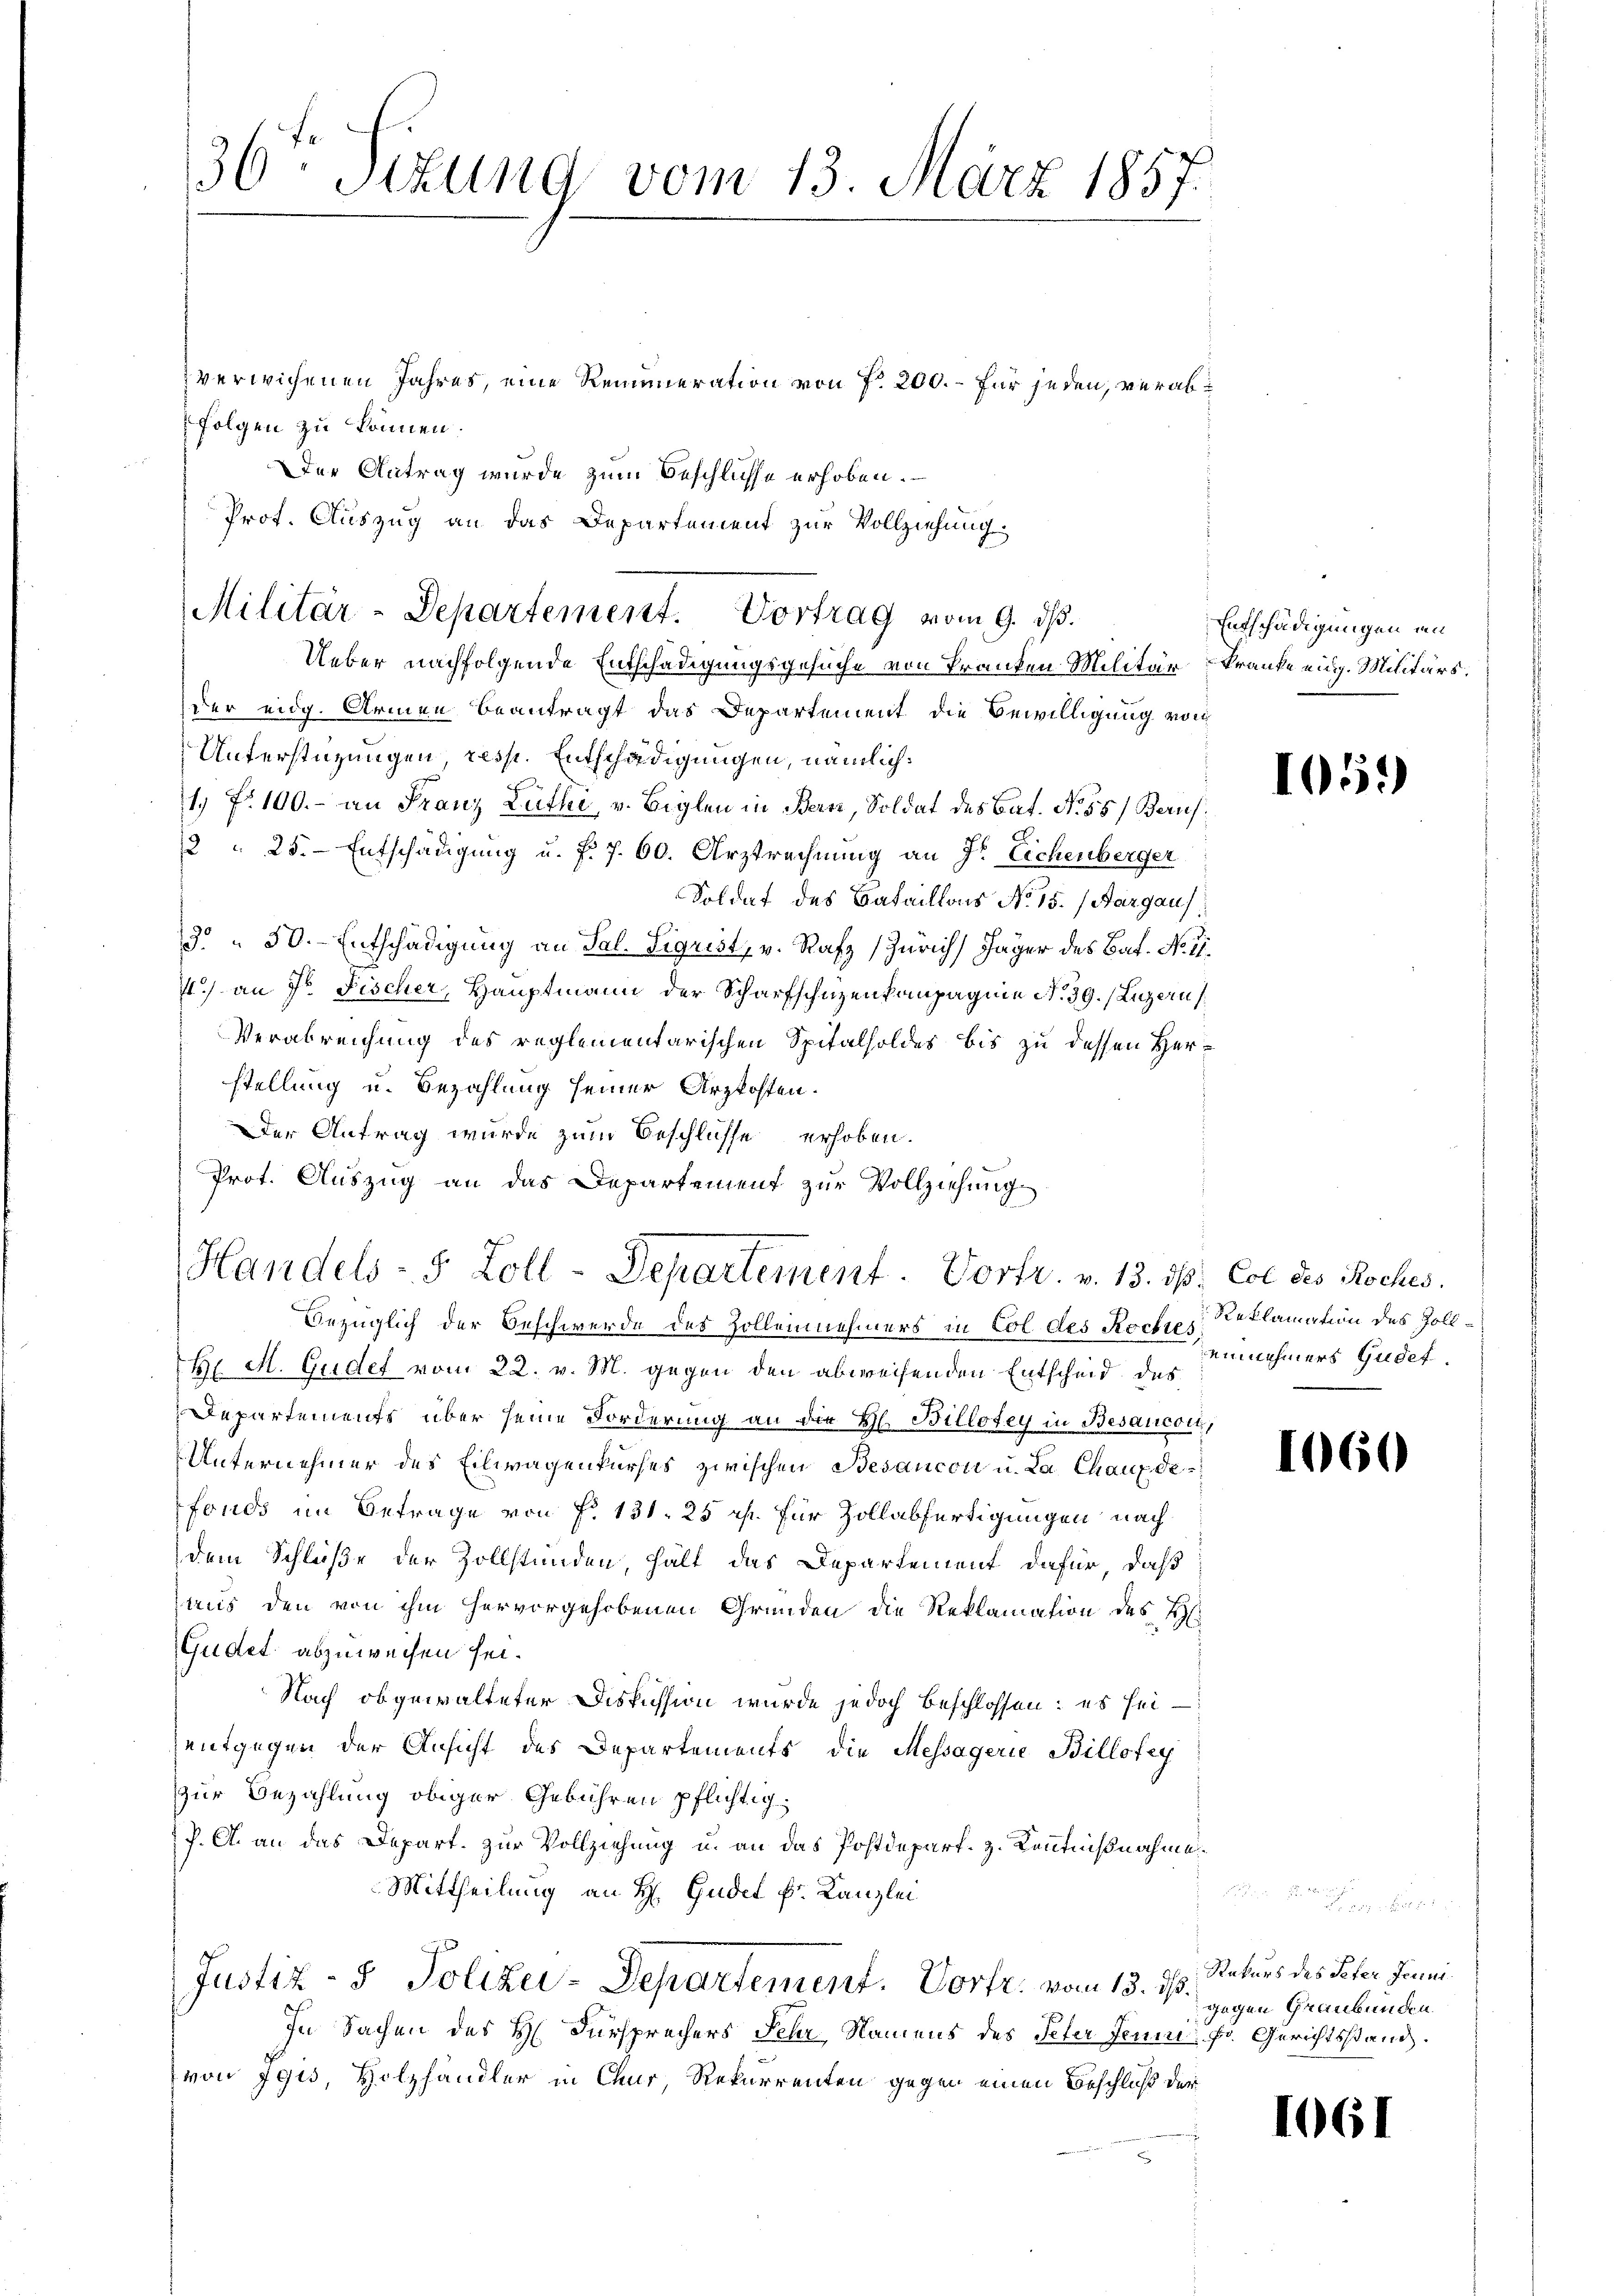
36ten Sizung vom 13. März 1857.

verwichenen Jahres, eine Remuneration von 7 200. – für jeden, verabfolgen zu können.
Der Antrag wurde zum Beschlusse erhoben.
Prof. Auszug an das Departement zur Vollziehung
Ueber nachfolgende Entschädigungsgesuche von Franken Militär kranke eidg. Militärs.
der eidg. Armen beantragt das Departement die Bewilligung von
Unterstüzungen resp. Entschädigungen, nämlich:
1. f. 100.- an Franz Lüthi, v. Biglen in Bern, Soldat des Bat. No. 55) Beruf
2 " 25. Entschädigung u. f. 7. 60. Arztrechnung an Sr. Eichenberger
Soldat des Bataillons No 15. (Aargau
3 “ 50. Entschädigung an Sal. Sigrist, v. Rafz, Zürich, Jäger des Bat. No II.
71.) an Hr. Fischer, Hauptmann der Scharfschüzenkampagnie N. 39. (Luzern
Verabreichung des reglementarischen Spitalsoldes bis zu dessen Herstellung u. Bezahlung seiner Arzkosten.
Der Antrag wurde zum Beschlüsse erhoben.
Bezüglich der Beschwerde des Zollennehmers in Col des Roches Reklamation des Zoll¬
H. H. Gudef vom 22. v. M. gegen den abweisenden Entscheid des
Departements über seine Forderung an die H. Billotey in Besaucoit,
Unternehmer des Eilwagenkurses zwischen Besaucon u. La Chaux de
fonds im Betrage von Fr. 131. 25 Rp. für Zollabfertigungen nach
dem Schluße der Zollstunden, hält das Departement dafür, daß
aus den von ihm hervorgehobenen Gründen die Reklamation des H
Gudet abzuweisen sei.
Nach obgewalteter Diskussion wurde jedoch beschlossen: es sei
entgegen der Ansicht des Departements die Messagerie Billotey
zur Bezahlung obiger Gebühren pflichtig.
P. A. an das Depart. zur Vollziehung u. an das Postdepart. z. Kenntnißnahme.
Mittheilung an H. Gudel k. Kanzlei
Justiz- & Polizei-Departement. Vorte: vom 13. ds. Naturs des Peter Juni
In Sachen des H. Fürsprechers Fehr Namens des Peter Jeum. Fr. Gerichtsstand.
von Egis, Holzhändler in Chur Rekurrenten gegen einen Beschluß der

Militär-Departement. Vortrag vom 9. ds.

Prot. Auszug an das Departement zur Vollziehung
Handels- 5 Zoll-Departement. Vortr. v. 13. ds. Col des Roches.

Entschädigungen in

1059

einnehmers Gudet.

1060

gegen Graubünden.

1661